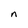
Character: n